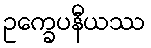
ဥက္ခေပနီယဿ